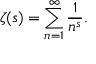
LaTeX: \zeta ( s ) = \sum _ { n = 1 } ^ { \infty } { \frac { 1 } { n ^ { s } } } .